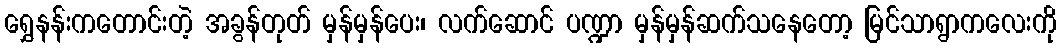
ရွှေနန်းကတောင်းတဲ့ အခွန်တုတ် မှန်မှန်ပေး၊ လက်ဆောင် ပဏ္ဍာ မှန်မှန်ဆက်သနေတော့ မြင်သာရွာကလေးကို